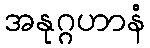
အနုဂ္ဂဟာနံ